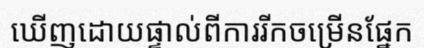
ឃើញដោយផ្ទាល់ពីការរីកចម្រើនផ្នែក